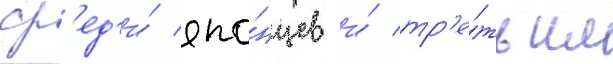
ср'ед'и́ япо́нцев и́ тр'е́тьим